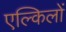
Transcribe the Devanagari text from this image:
एल्किलों